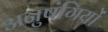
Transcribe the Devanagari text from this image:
अनुषंगियों